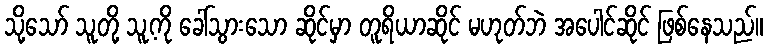
သို့သော် သူတို့ သူ့ကို ခေါ်သွားသော ဆိုင်မှာ တူရိယာဆိုင် မဟုတ်ဘဲ အပေါင်ဆိုင် ဖြစ်နေသည်။